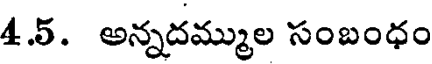
4.5. అన్నదమ్ముల సంబంధం